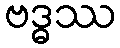
ဗဒ္ဓဿ